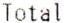
TOTAL